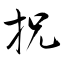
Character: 拀